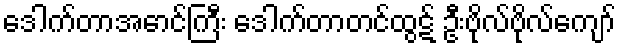
ဒေါက်တာအောင်ကြီး ဒေါက်တာတင်ထွဋ် ဦးဗိုလ်ဗိုလ်ကျော်